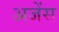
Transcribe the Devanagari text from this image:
अजेंस